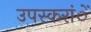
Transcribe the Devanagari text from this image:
उपस्करांें